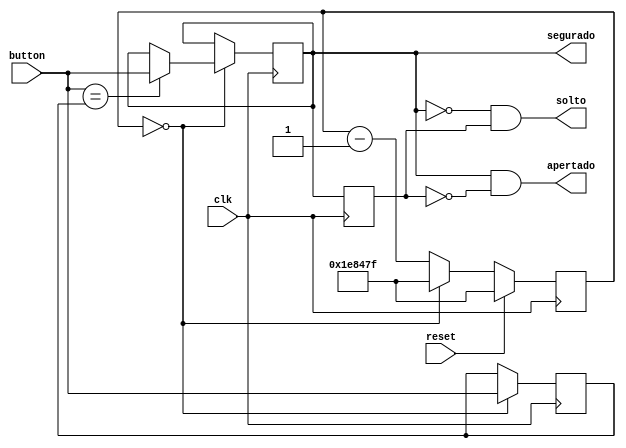
module debouncer (output apertado, solto, segurado, input button, clk, reset);
/* Mdulo para evitar o efeito de debounce, evitando que sejam identificados
mltiplos apertos do boto quando ele s foi pressionado uma nica vez.
Indica se o boto foi pressionado , solto ou segurado */

	localparam sampletime = 1999999;
	reg [20:0] timer;
	reg button_temp, button_debounced, button_debounced_temp;

//Aplica um delay, diminuindo o sampletime a cada descida do clock
	always @(posedge clk)
	if (reset)
		timer <= sampletime;
	else begin
		timer <= timer - 1;
		if (timer == 0)
			timer <= sampletime;
	end


	always @(posedge clk) begin
		button_debounced_temp <= button_debounced; //Estado anterior do boto

        //Se o delay tiver passado:
		if (timer == 0) begin
			button_temp <= button;
			if (button == button_temp)
				button_debounced <= button;
		end
	end

	assign segurado = button_debounced; // Se o botao est ativo
	assign apertado = button_debounced & ~button_debounced_temp; //Se o boto no estava ativo e ficou ativo
	assign solto = ~button_debounced & button_debounced_temp; // Se o boto estava ativo e ficou inativo
endmodule